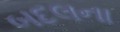
બદલના